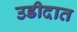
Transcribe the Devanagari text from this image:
उडीदात